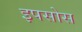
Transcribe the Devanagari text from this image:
इपसोस